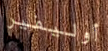
أوليفير